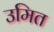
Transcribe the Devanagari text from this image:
उमित